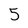
Character: 5